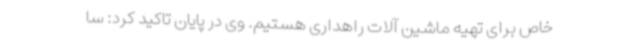
خاص برای تهیه ماشین آلات راهداری هستیم. وی در پایان تاکید کرد: سا